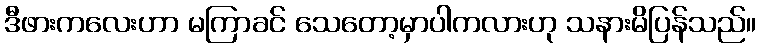
ဒီဖားကလေးဟာ မကြာခင် သေတော့မှာပါကလားဟု သနားမိပြန်သည်။